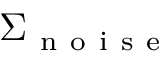
\Sigma _ { \mathrm { ~ n ~ o ~ i ~ s ~ e ~ } }